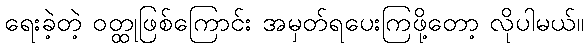
ရေးခဲ့တဲ့ ဝတ္ထုဖြစ်ကြောင်း အမှတ်ရပေးကြဖို့တော့ လိုပါမယ်။